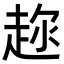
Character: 𬦍